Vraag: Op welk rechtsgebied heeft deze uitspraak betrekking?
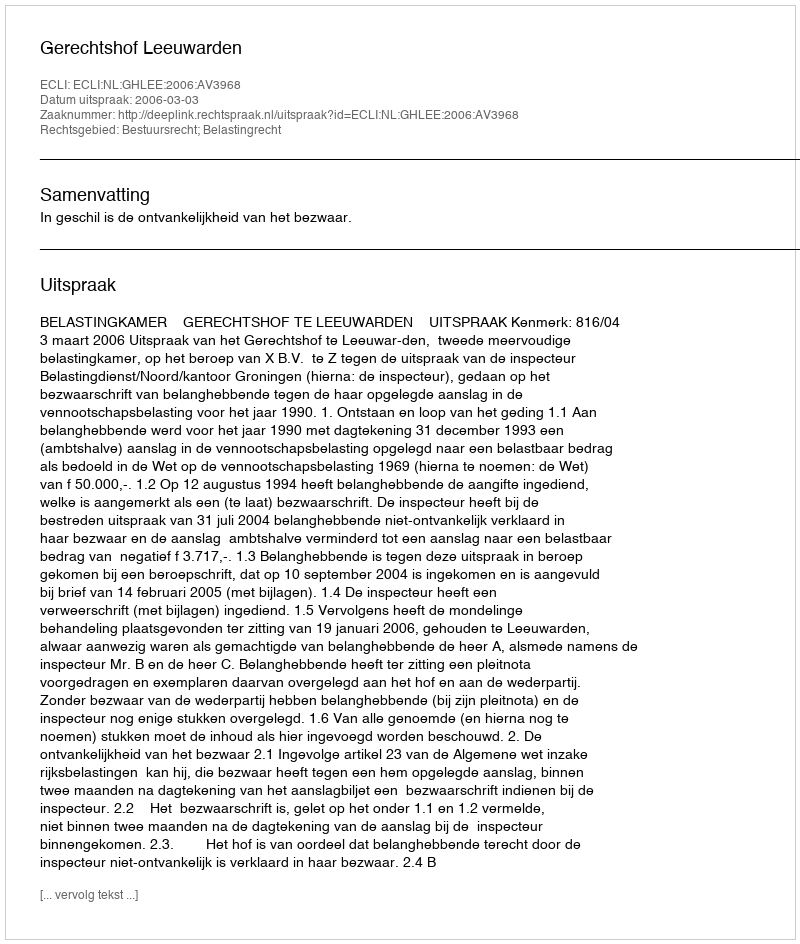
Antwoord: Bestuursrecht; Belastingrecht